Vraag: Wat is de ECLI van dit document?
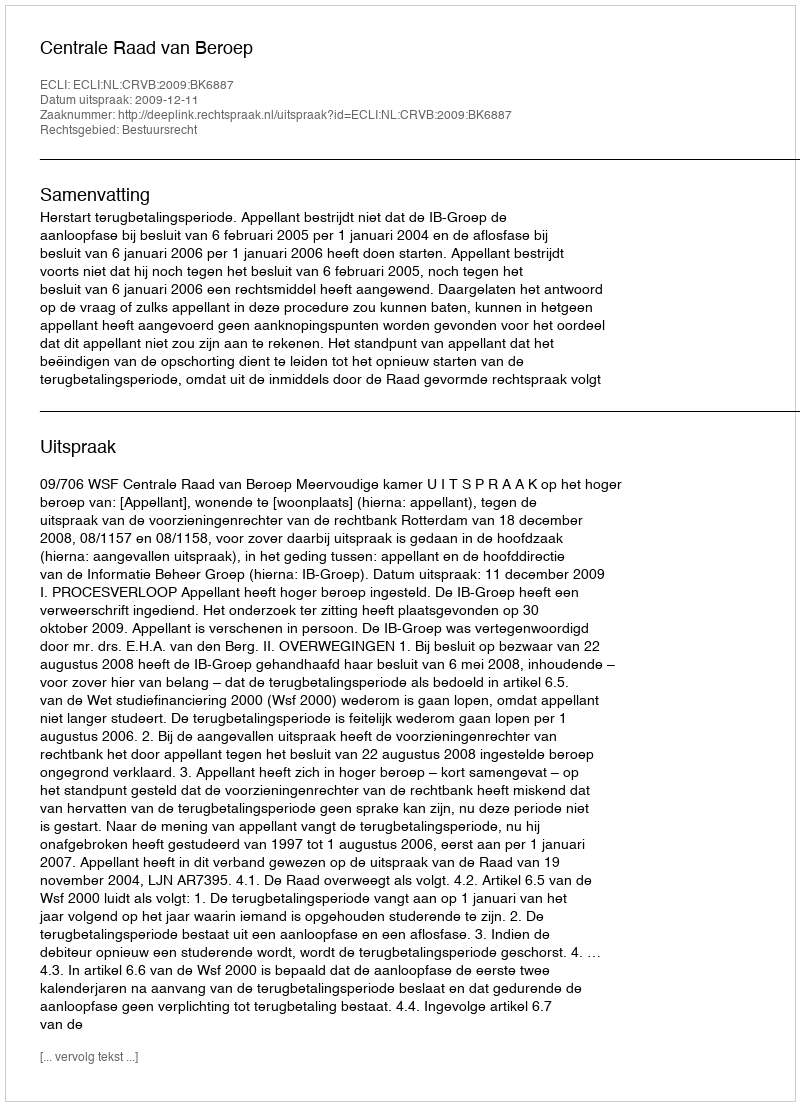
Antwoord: ECLI:NL:CRVB:2009:BK6887